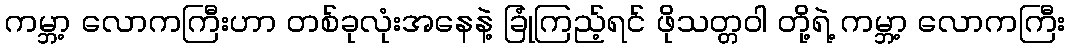
ကမ္ဘာ့ လောကကြီးဟာ တစ်ခုလုံးအနေနဲ့ ခြုံကြည့်ရင် ဖိုသတ္တဝါ တို့ရဲ့ ကမ္ဘာ့ လောကကြီး